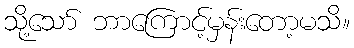
သို့သော် ဘာကြောင့်မှန်းတော့မသိ။